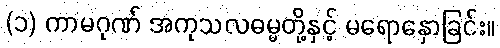
(၁) ကာမဂုဏ် အကုသလဓမ္မတို့နှင့် မရောနှောခြင်း။